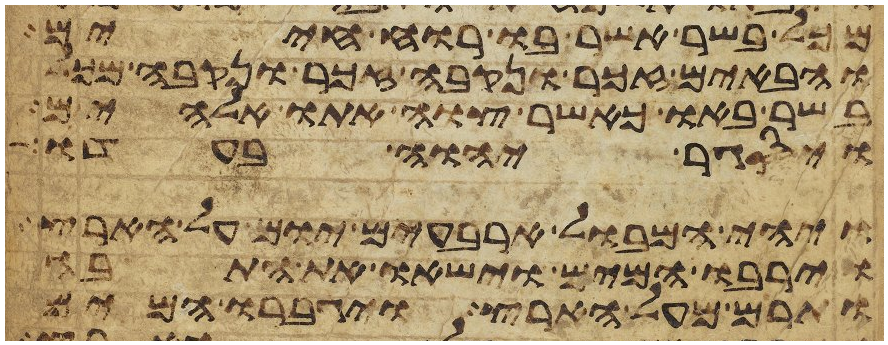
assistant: מכל בשר אשר בו רוח חיים
והבאים זכר ונקבה זכר ונקבה מכל
בשר באו כאשר צוה אתו אלהים
ויסגר יהוה בעדו
ויהי המבול ארבעים יום על הארץ
וירבו המים וישאו את התבה
ותרם מעל הארץ ויגברו המים